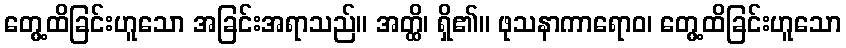
တွေ့ထိခြင်းဟူသော အခြင်းအရာသည်။ အတ္ထိ၊ ရှိ၏။ ဖုသနာကာရောဝ၊ တွေ့ထိခြင်းဟူသော